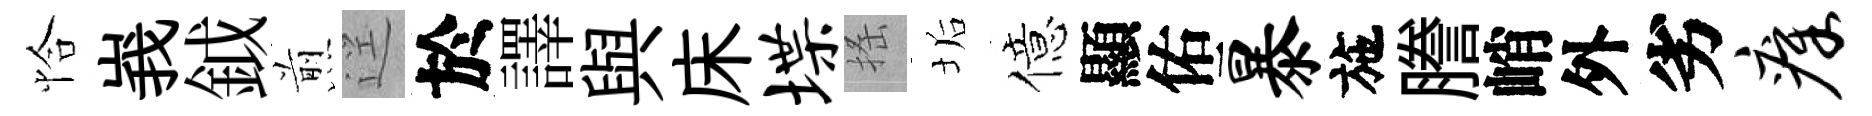
恰峩鉞煎逕於譯與床堞搖垢億顯佑暴施謄峭外劣瘴